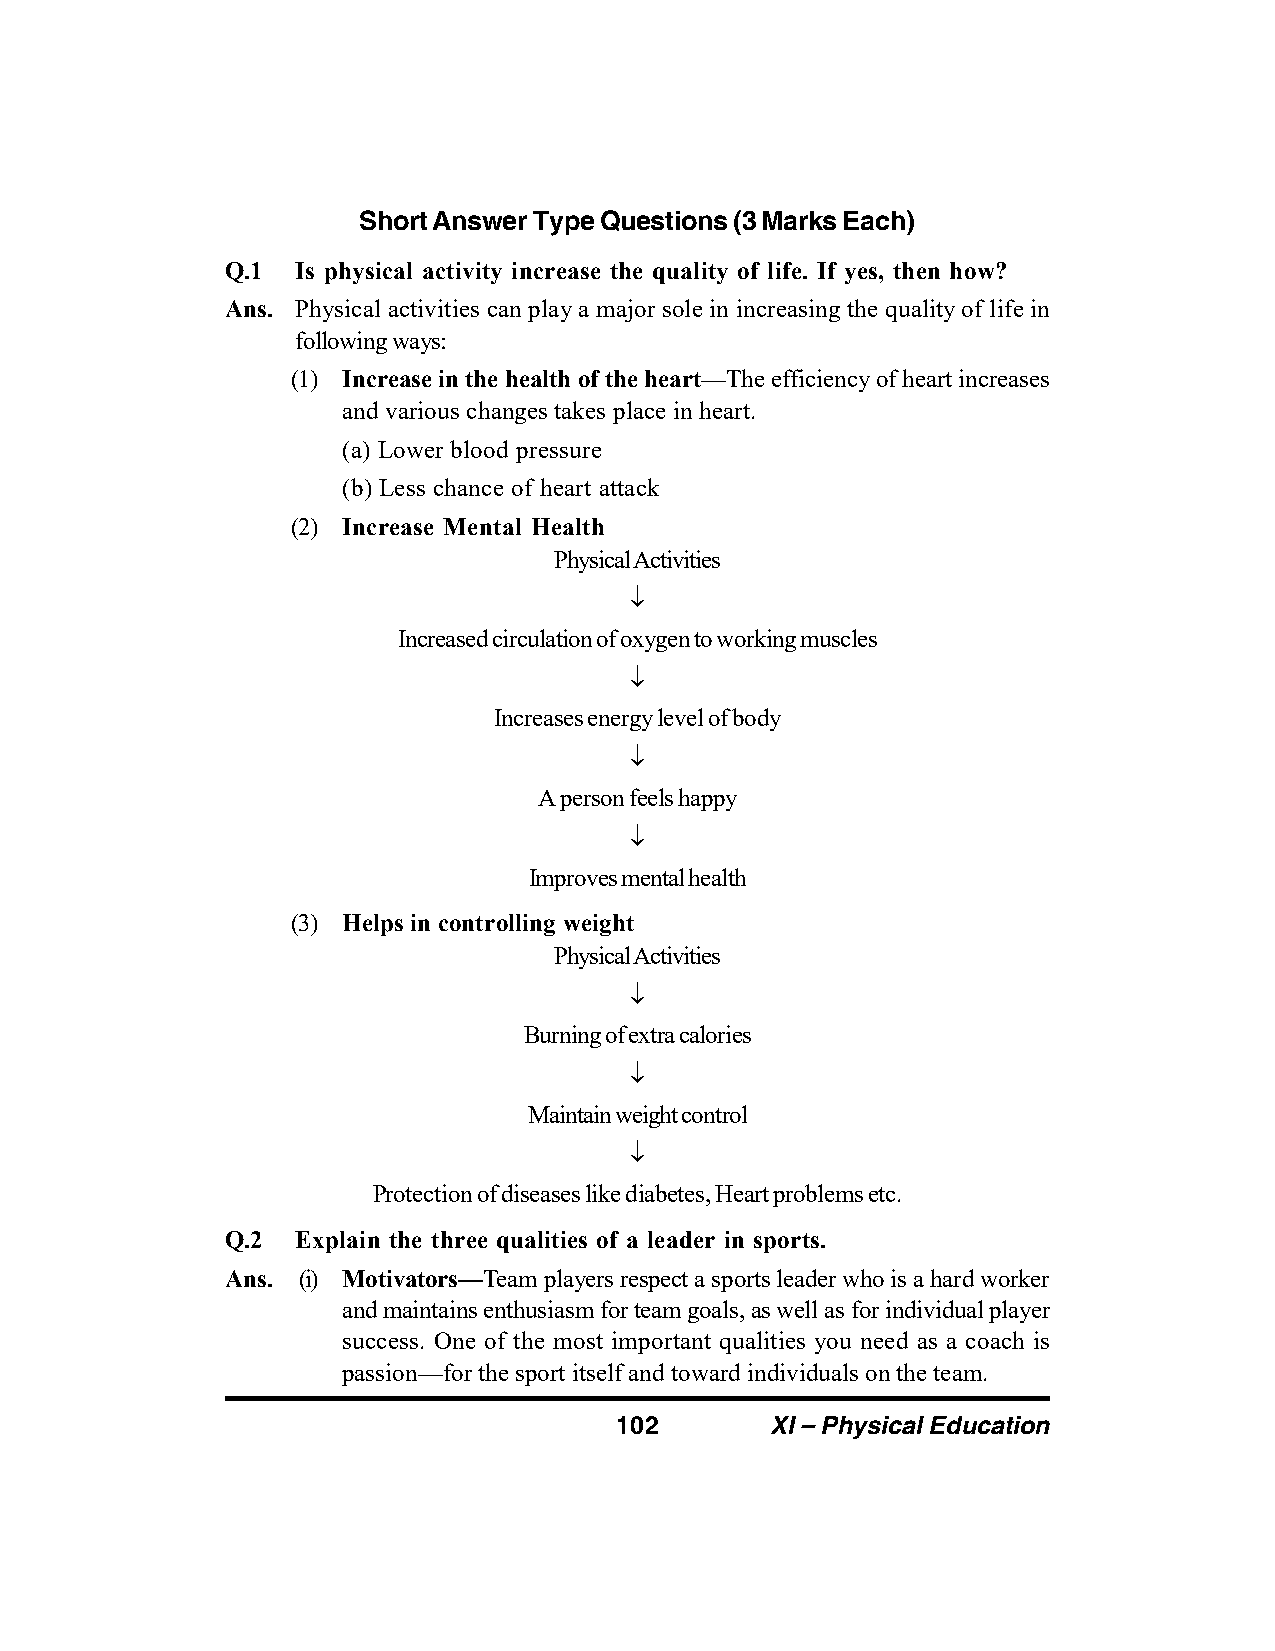
Short Answer Type Questions (3 Marks Each)
 Q.1  Is physical activity increase the quality of life. If yes, then how?
 Ans. Physical activities can play a major sole in increasing the quality of life in
 following ways:
 (1) Increase in the health of the heart—The efficiency of heart increases
 and various changes takes place in heart.
 (a) Lower blood pressure
 (b) Less chance of heart attack
 (2) Increase Mental Health
 Physical Activities
 
 Increased circulation of oxygen to working muscles
 
 Increases energy level of body
 
 A person feels happy
 
 Improves mental health
 (3) Helps in controlling weight
 Physical Activities
 
 Burning of extra calories
 
 Maintain weight control
 
 Protection of diseases like diabetes, Heart problems etc.
 Q.2  Explain the three qualities of a leader in sports.
 Ans. (i) Motivators—Team players respect a sports leader who is a hard worker
 and maintains enthusiasm for team goals, as well as for individual player
 success. One of the most important qualities you need as a coach is
 passion—for the sport itself and toward individuals on the team.
 102       XI – Physical Education